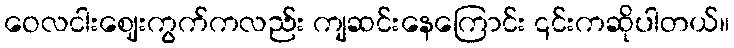
ဝေလငါးဈေးကွက်ကလည်း ကျဆင်းနေကြောင်း ၎င်းကဆိုပါတယ်။